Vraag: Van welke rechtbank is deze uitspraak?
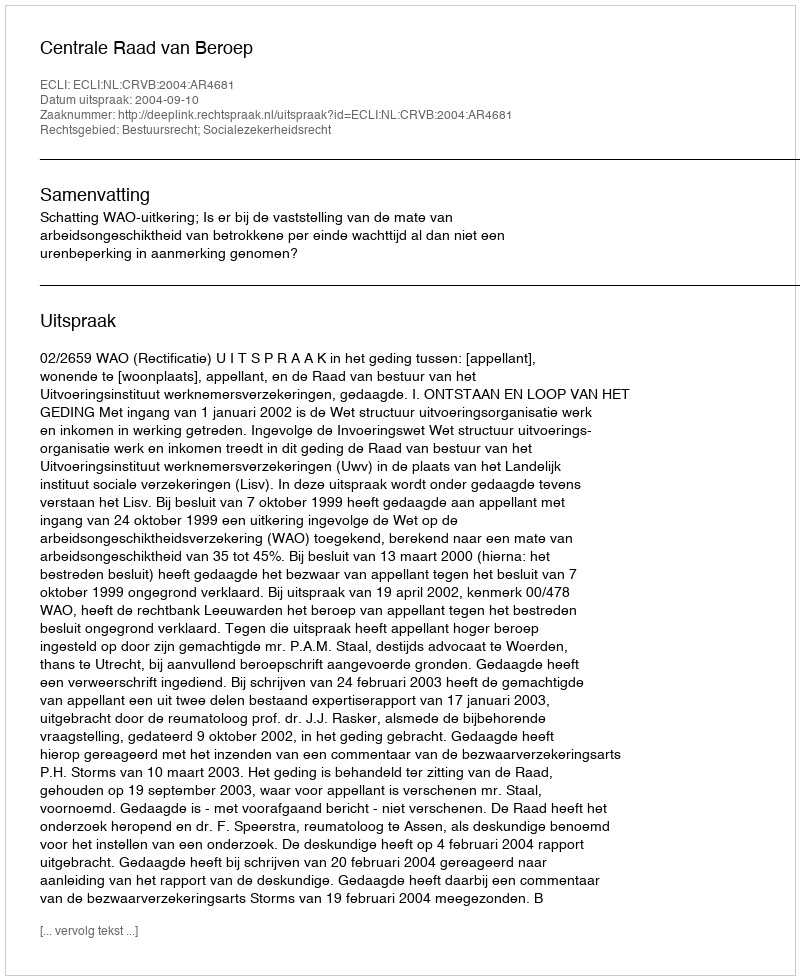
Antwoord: Centrale Raad van Beroep